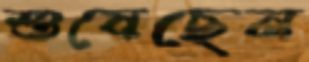
শুষেছেন